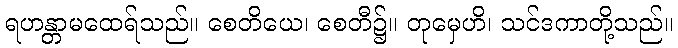
ရဟန္တာမထေရ်သည်။ စေတိယေ၊ စေတီ၌။ တုမှေဟိ၊ သင်ဒကာတို့သည်။